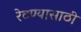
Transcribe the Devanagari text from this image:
रेटण्यासाठी